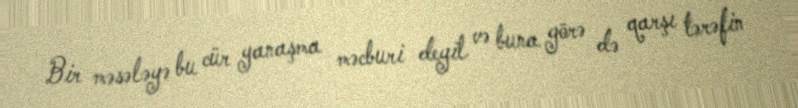
Bir məsələyə bu cür yanaşma məcburi deyil və buna görə də qarşı tərəfin